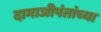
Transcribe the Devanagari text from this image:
दामाजीपंतांच्या